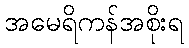
အမေရိကန်အစိုးရ